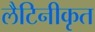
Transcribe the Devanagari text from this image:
लैटिनीकृत